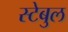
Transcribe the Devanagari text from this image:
स्टेबुल